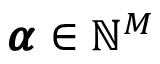
{ { \pmb { \alpha } } } \in \mathbb { N } ^ { M }